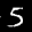
Label: 5